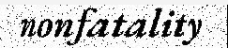
nonfatality